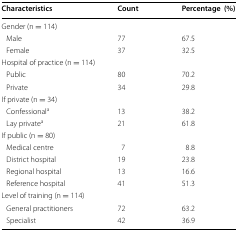
| Characteristics | Count | Percentage(%) |
 | --- | --- | --- |
 | <COLSPAN=3> Gender (n = 114) |
 | Male | 77 | 67.5 |
 | Female | 37 | 32.5 |
 | <COLSPAN=3> Hospital of practice (n = 114) |
 | Public | 80 | 70.2 |
 | Private | 34 | 29.8 |
 | <COLSPAN=3> If private (n = 34) |
 | Confessionala | 13 | 38.2 |
 | Lay privatea | 21 | 61.8 |
 | <COLSPAN=3> If public (n = 80) |
 | Medical centre | 7 | 8.8 |
 | District hospital | 19 | 23.8 |
 | Regional hospital | 13 | 16.6 |
 | Reference hospital | 41 | 51.3 |
 | <COLSPAN=3> Level of training (n = 114) |
 | General practitioners | 72 | 63.2 |
 | Specialist | 42 | 36.9 |